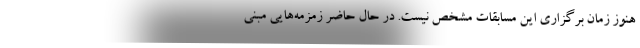
هنوز زمان برگزاری این مسابقات مشخص نیست. در حال حاضر زمزمه‌هایی مبنی